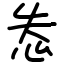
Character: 怣